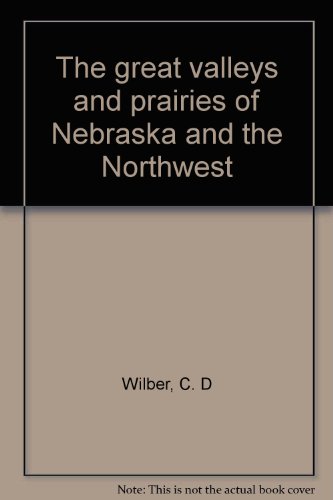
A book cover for The great valleys and prairies of Nebraska and the Northwest; C. D Wilber; Travel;